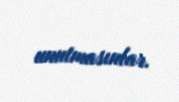
unutmasınlar.